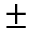
\pm